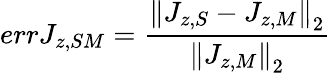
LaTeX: errJ_{z,SM}=\frac{\left\| J_{z,S}-J_{z,M}\right\| _{2}}{\left\| J_{z,M}\right\| _{2}}